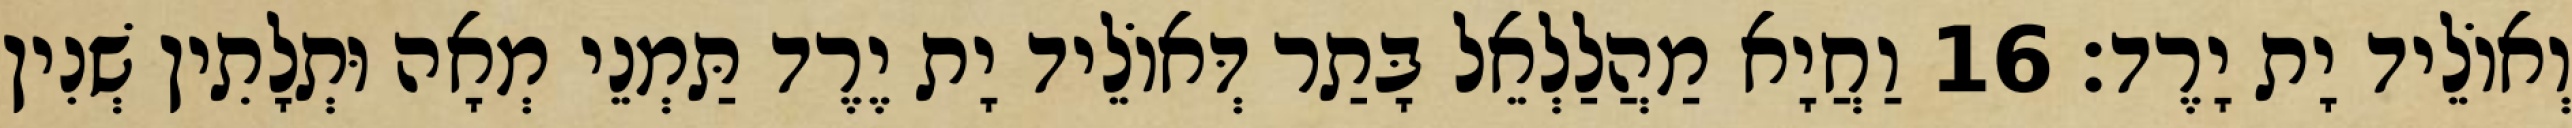
וְאוֹלֵיד יָת יָרֶד׃ 16 וַחֲיָא מַהֲלַלְאֵל בָּתַר דְּאוֹלֵיד יָת יֶרֶד תַּמְנֵי מְאָה וּתְלָתִין שְׁנִין